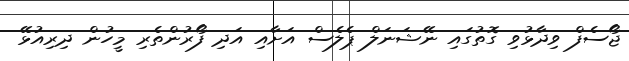
ޖޯސެފް ވިދާޅުވި ގޮތުގައި ނޭޝަނަލް ޕެލެސް އަށާއި އަދި ފޯރުންތެރި މީހުން ދިރިއުޅޭ